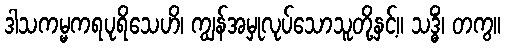
ဒါသကမ္မကရပုရိသေဟိ၊ ကျွန်အမှုလုပ်သောသူတို့နှင့်။ သဒ္ဓိံ၊ တကွ။